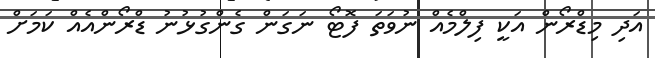
އަދި މިޑްރޯން އަކީ ފިލްމެއް ނުވަތަ ފޮޓޯ ނަގަން ގެންގުޅުނު ޑްރޯންއެއް ކަމަށް